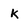
Character: k